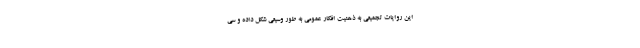
این روایات تجمیعی به ذهنیت افکار عمومی به طور وسیعی شکل داده و سی